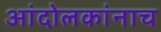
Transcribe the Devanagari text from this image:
आंदोलकांनाच